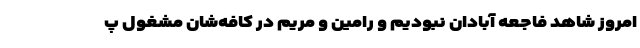
امروز شاهد فاجعه آبادان نبودیم و رامین و مریم در کافه‌شان مشغول پ